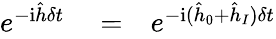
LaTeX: \begin{array}{rlr}{e^{-\mathrm{i}\hat{h}\delta t}}&{{}=}&{e^{-\mathrm{i}(\hat{h}_{0}+\hat{h}_{I})\delta t}}\end{array}